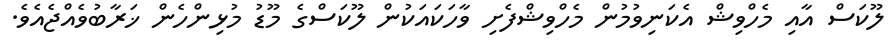
ލޫކަސް އާއި މެހްވިޝް އެކަނިވުމުން މެހްވިޝްފެށި ވާހަކައަކުން ލޫކަސްގެ މޫޑު މުޅިންހެން ޚަރާބުވެއްޖެއެވެ.